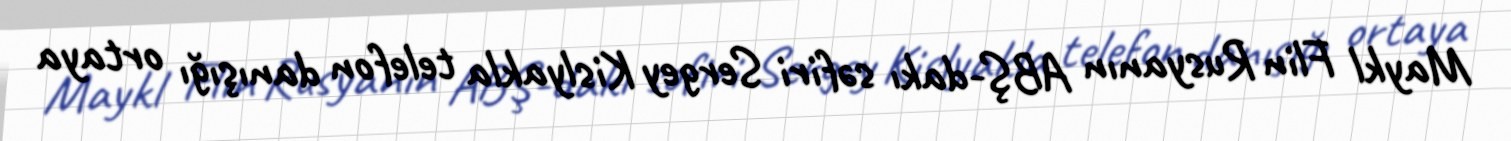
Maykl Flin Rusyanın ABŞ-dakı səfiri Sergey Kislyakla telefon danışığı ortaya